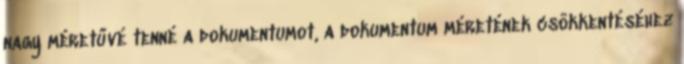
nagy méretűvé tenné a dokumentumot, a dokumentum méretének csökkentéséhez